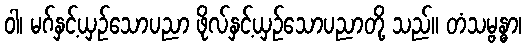
ဝါ၊ မဂ်နှင့်ယှဉ်သောပညာ ဖိုလ်နှင့်ယှဉ်သောပညာတို့ သည်။ တံသမ္ဗန္ဓာ၊